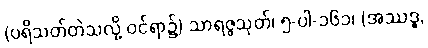
(ပရိသတ်တဲသလို့ ဝင်ရာ၌) သာရဇ္ဇသုတ်၊ ၅-ပါ-၁၆၁၊ (အဿဒ္ဓ,